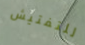
للتفتيش